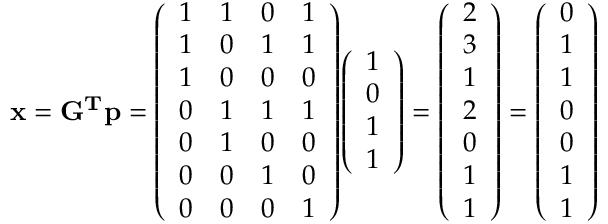
\mathbf { x } = \mathbf { G ^ { T } } \mathbf { p } = { \left( \begin{array} { l l l l } { 1 } & { 1 } & { 0 } & { 1 } \\ { 1 } & { 0 } & { 1 } & { 1 } \\ { 1 } & { 0 } & { 0 } & { 0 } \\ { 0 } & { 1 } & { 1 } & { 1 } \\ { 0 } & { 1 } & { 0 } & { 0 } \\ { 0 } & { 0 } & { 1 } & { 0 } \\ { 0 } & { 0 } & { 0 } & { 1 } \end{array} \right) } { \left( \begin{array} { l } { 1 } \\ { 0 } \\ { 1 } \\ { 1 } \end{array} \right) } = { \left( \begin{array} { l } { 2 } \\ { 3 } \\ { 1 } \\ { 2 } \\ { 0 } \\ { 1 } \\ { 1 } \end{array} \right) } = { \left( \begin{array} { l } { 0 } \\ { 1 } \\ { 1 } \\ { 0 } \\ { 0 } \\ { 1 } \\ { 1 } \end{array} \right) }